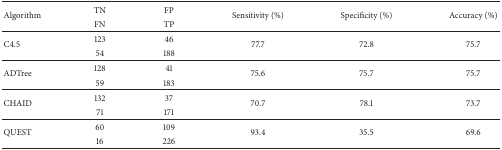
<table><thead><tr><td rowspan="2"><b>Algorithm</b></td><td><b>TN</b></td><td><b>FP</b></td><td rowspan="2"><b>Sensitivity (%)</b></td><td rowspan="2"><b>Specificity (%)</b></td><td rowspan="2"><b>Accuracy (%)</b></td></tr><tr><td><b>FN</b></td><td><b>TP</b></td></tr></thead><tbody><tr><td rowspan="2">C4.5</td><td>123</td><td>46</td><td rowspan="2">77.7</td><td rowspan="2">72.8</td><td rowspan="2">75.7</td></tr><tr><td>54</td><td>188</td></tr><tr><td rowspan="2">ADTree</td><td>128</td><td>41</td><td rowspan="2">75.6</td><td rowspan="2">75.7</td><td rowspan="2">75.7</td></tr><tr><td>59</td><td>183</td></tr><tr><td rowspan="2">CHAID</td><td>132</td><td>37</td><td rowspan="2">70.7</td><td rowspan="2">78.1</td><td rowspan="2">73.7</td></tr><tr><td>71</td><td>171</td></tr><tr><td rowspan="2">QUEST</td><td>60</td><td>109</td><td rowspan="2">93.4</td><td rowspan="2">35.5</td><td rowspan="2">69.6</td></tr><tr><td>16</td><td>226</td></tr></tbody></table>